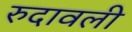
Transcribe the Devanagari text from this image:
रुदावली